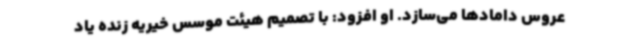
عروس دامادها می‌سازد. او افزود: با تصمیم هیئت موسس خیریه زنده یاد